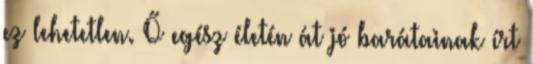
ez lehetetlen. Ő egész életén át jó barátainak írt